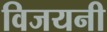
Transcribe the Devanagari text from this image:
विजयनी